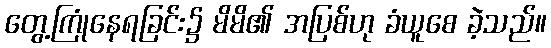
တွေ့ကြုံနေရခြင်း၌ မိမိ၏ အပြစ်ဟု ခံယူစေ ခဲ့သည်။